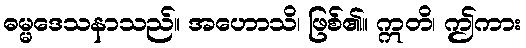
ဓမ္မဒေသနာသည်။ အဟောသိ၊ ဖြစ်၏။ ဣတိ၊ ဤကား